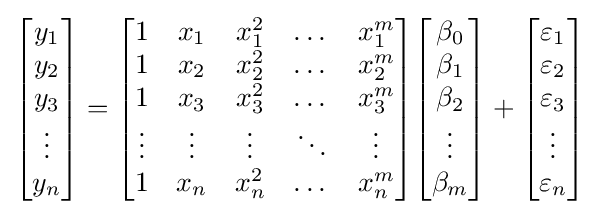
{\begin{bmatrix}y_{1}\\y_{2}\\y_{3}\\\vdots \\y_{n}\end{bmatrix}}={\begin{bmatrix}1&x_{1}&x_{1}^{2}&\dots &x_{1}^{m}\\1&x_{2}&x_{2}^{2}&\dots &x_{2}^{m}\\1&x_{3}&x_{3}^{2}&\dots &x_{3}^{m}\\\vdots &\vdots &\vdots &\ddots &\vdots \\1&x_{n}&x_{n}^{2}&\dots &x_{n}^{m}\end{bmatrix}}{\begin{bmatrix}\beta _{0}\\\beta _{1}\\\beta _{2}\\\vdots \\\beta _{m}\end{bmatrix}}+{\begin{bmatrix}\varepsilon _{1}\\\varepsilon _{2}\\\varepsilon _{3}\\\vdots \\\varepsilon _{n}\end{bmatrix}}